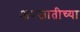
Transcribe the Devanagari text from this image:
अपजातीच्या